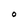
Character: O